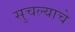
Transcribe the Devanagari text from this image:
सुचल्याचे